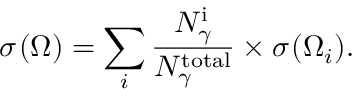
\sigma ^ { } ( { \Omega } ) = \sum _ { i } \frac { N _ { \gamma } ^ { \mathrm { i } } } { N _ { \gamma } ^ { \mathrm { t o t a l } } } \times \sigma ^ { } ( { \Omega } _ { i } ) .